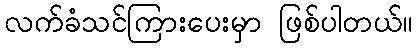
လက်ခံသင်ကြားပေးမှာ ဖြစ်ပါတယ်။